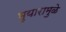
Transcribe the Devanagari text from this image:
भुयारामुळे